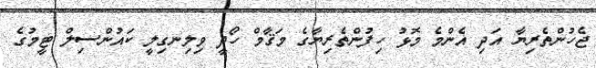
ޖެހުންތެރިޔާ އަދި އެންމެ މޮޅު ހިފުންތެރިޔާގެ މަޤާމް ހޯދީ ވިލިނގިލީ ކައުންސިލް ޓީމުގެ